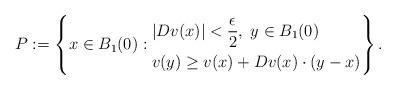
LaTeX: \begin{align*}P := \left\{ x\in B_1(0) : \begin{aligned}& |D v(x)| < \frac{\epsilon}{2}, \; y \in B_1(0)\\& v(y) \geq v(x) + Dv(x) \cdot (y - x)\end{aligned}\right\}.\end{align*}